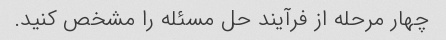
چهار مرحله از فرآیند حل مسئله را مشخص کنید.